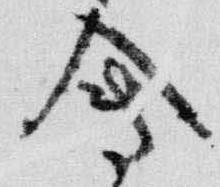
会